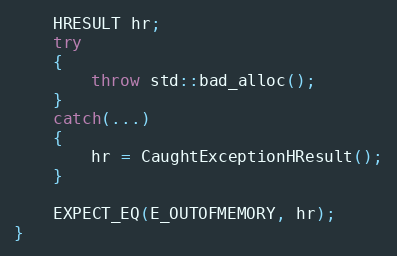
Language: C++
    HRESULT hr;
    try
    {
        throw std::bad_alloc();
    }
    catch(...)
    {
        hr = CaughtExceptionHResult();
    }

    EXPECT_EQ(E_OUTOFMEMORY, hr);
}